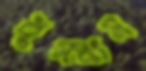
ধুমধাম